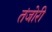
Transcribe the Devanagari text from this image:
तंजोरी